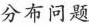
分布问题